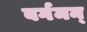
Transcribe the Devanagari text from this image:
बर्गमन्‌